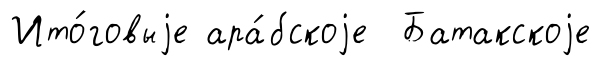
Ито́говыjе ара́бскоjе Батакскоjе